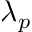
\lambda _ { p }